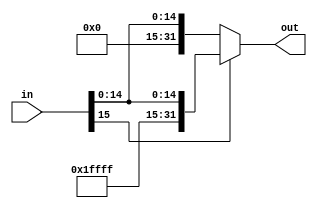
module sign_exten(input wire [15:0] in , output reg [31:0] out);
always @(in)
if (in[15])
out <= {{16{1'b1}}, in}; 
else 
out <= {{16{1'b0}}, in}; 
endmodule